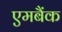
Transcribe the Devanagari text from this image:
एमबैंक